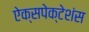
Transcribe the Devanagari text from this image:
ऐक्सपेक्टेशंस